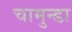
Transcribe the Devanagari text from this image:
चामुन्डा